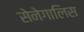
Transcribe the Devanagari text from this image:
सेनेगालिस